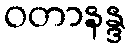
ဝတာနန္ဒ